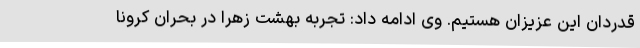
قدردان این عزیزان هستیم. وی ادامه داد: تجربه بهشت زهرا در بحران کرونا